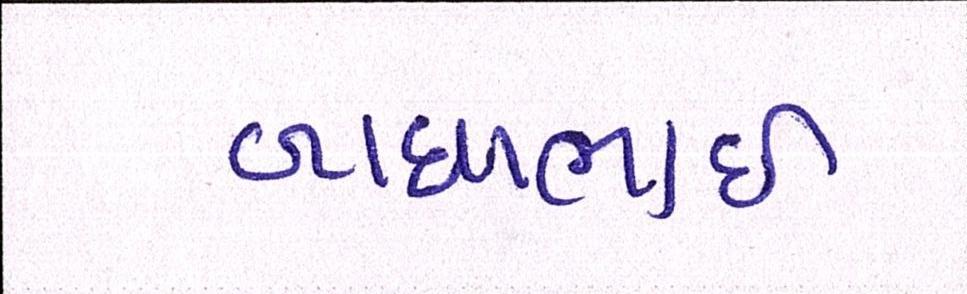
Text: બાઘાભાઇ